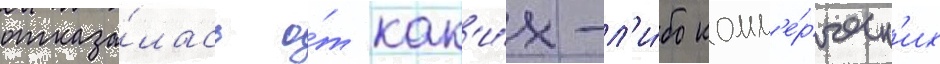
отказа́лась о́т как'и́х-л'и́бо комм'е́рческ'их